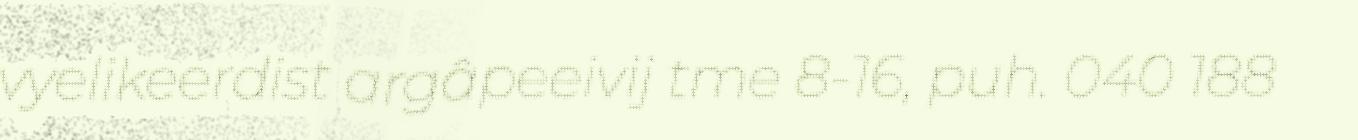
vyelikeerdist argâpeeivij tme 8-16, puh. 040 188